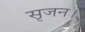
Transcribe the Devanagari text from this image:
सृजन।